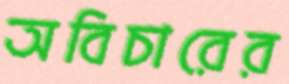
অবিচারের